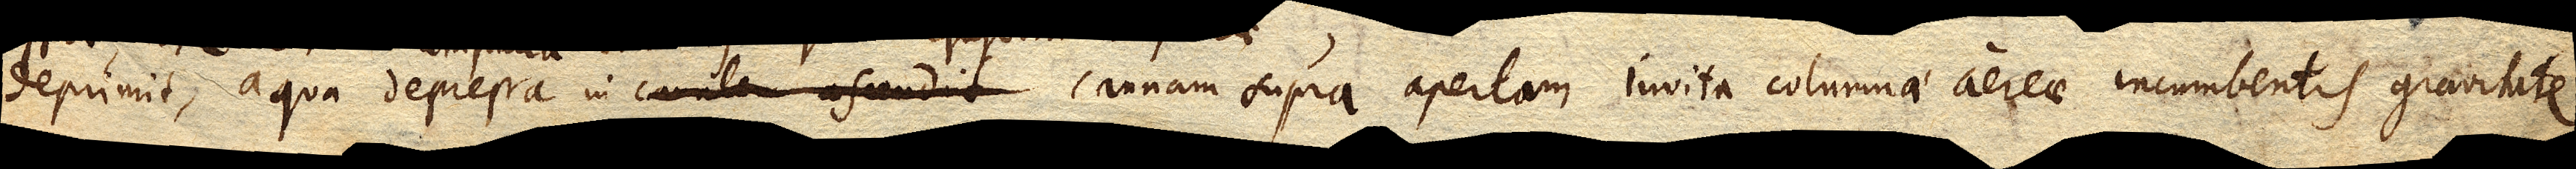
deprimit, aqua depressa in canalem ascendit cannam supra apertam invita columnae aereae incumbentis gravitate